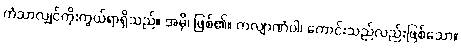
ကံသာလျှင်ကိုးကွယ်ရာရှိသည်။ အမှိ၊ ဖြစ်၏။ ကလျာဏံဝါ၊ ကောင်းသည်လည်းဖြစ်သော။